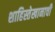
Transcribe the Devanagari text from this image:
शाहिस्तेखानाची